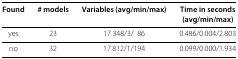
<table><thead><tr><td><b>Found</b></td><td><b># models</b></td><td><b>Variables (avg/min/max)</b></td><td><b>Time in seconds</b></td></tr><tr><td></td><td></td><td></td><td><b>(avg/min/max)</b></td></tr></thead><tbody><tr><td>yes</td><td>23</td><td>17.348/3/ 86</td><td>0.486/0.004/2.803</td></tr><tr><td>no</td><td>32</td><td>17.812/1/194</td><td>0.099/0.000/1.934</td></tr></tbody></table>